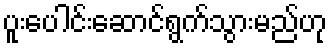
ပူးပေါင်းဆောင်ရွက်သွားမည်ဟု